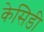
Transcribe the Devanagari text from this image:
केसिडी